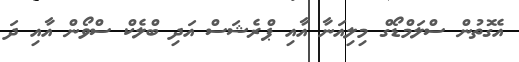
އެގޮތުން ސްލަމްޑޯގް މިލިއަނާ އާއި ޕްރެޝަސް އަދި ބްލެކް ސްވޯން އާއި ދަ